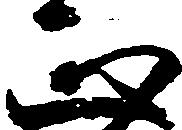
正